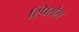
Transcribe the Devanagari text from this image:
स्पिसेस